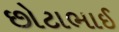
છોટાભાઈ